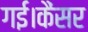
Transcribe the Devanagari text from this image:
गई।कैंसर